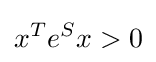
x^{T}e^{S}x>0